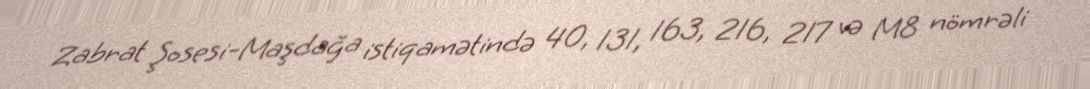
Zabrat Şosesi-Maşdağa istiqamətində 40, 131, 163, 216, 217 və M8 nömrəli